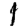
Digit: 1